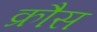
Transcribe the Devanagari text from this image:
क्रौस